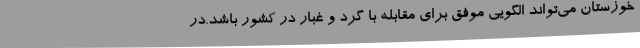
خوزستان می‌تواند الگویی موفق برای مقابله با گرد و غبار در کشور باشد.در